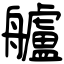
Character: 艫